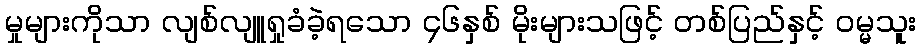
မှုများကိုသာ လျစ်လျူရှုခံခဲ့ရသော ၄၆နှစ် မိုးများသဖြင့် တစ်ပြည်နှင့် ဝမ္မသူး